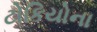
ટોકિયોના